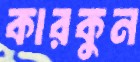
কারকুন